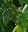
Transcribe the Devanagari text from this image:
द्दे